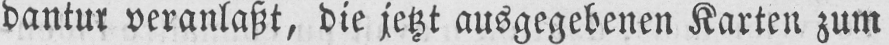
dantur veranlaßt, die jetzt ausgegebenen Karten zum